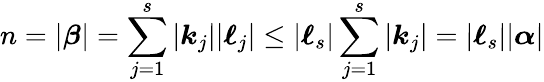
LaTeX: n=|{\boldsymbol{\beta}}|=\sum_{j=1}^{s}|{\boldsymbol{k}}_{j}||{\boldsymbol{\ell}}_{j}|\leq|{\boldsymbol{\ell}}_{s}|\sum_{j=1}^{s}|{\boldsymbol{k}}_{j}|=|{\boldsymbol{\ell}}_{s}||{\boldsymbol{\alpha}}|